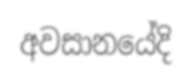
අවසානයේදි